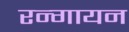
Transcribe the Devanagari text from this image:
रन्गायन